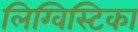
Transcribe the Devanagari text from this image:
लिग्विस्टिका